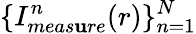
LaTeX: \{ I_{meas\mathbf{u}re}^{n}(r)\} _{n=1}^{N}